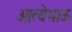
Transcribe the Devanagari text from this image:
आत्येभाऊ